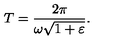
T = \frac { 2 \pi } { \omega \sqrt { 1 + \varepsilon } } .